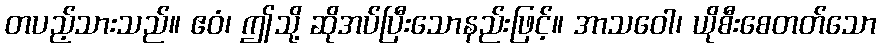
တပည့်သားသည်။ ဧဝံ၊ ဤသို့ ဆိုအပ်ပြီးသောနည်းဖြင့်။ အာသဝေါ၊ ယိုစီးစေတတ်သော